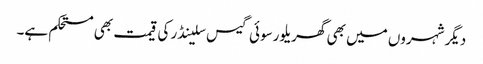
دیگر شہروں میں بھی گھریلو رسوئی گیس سلینڈر کی قیمت بھی مستحکم ہے۔